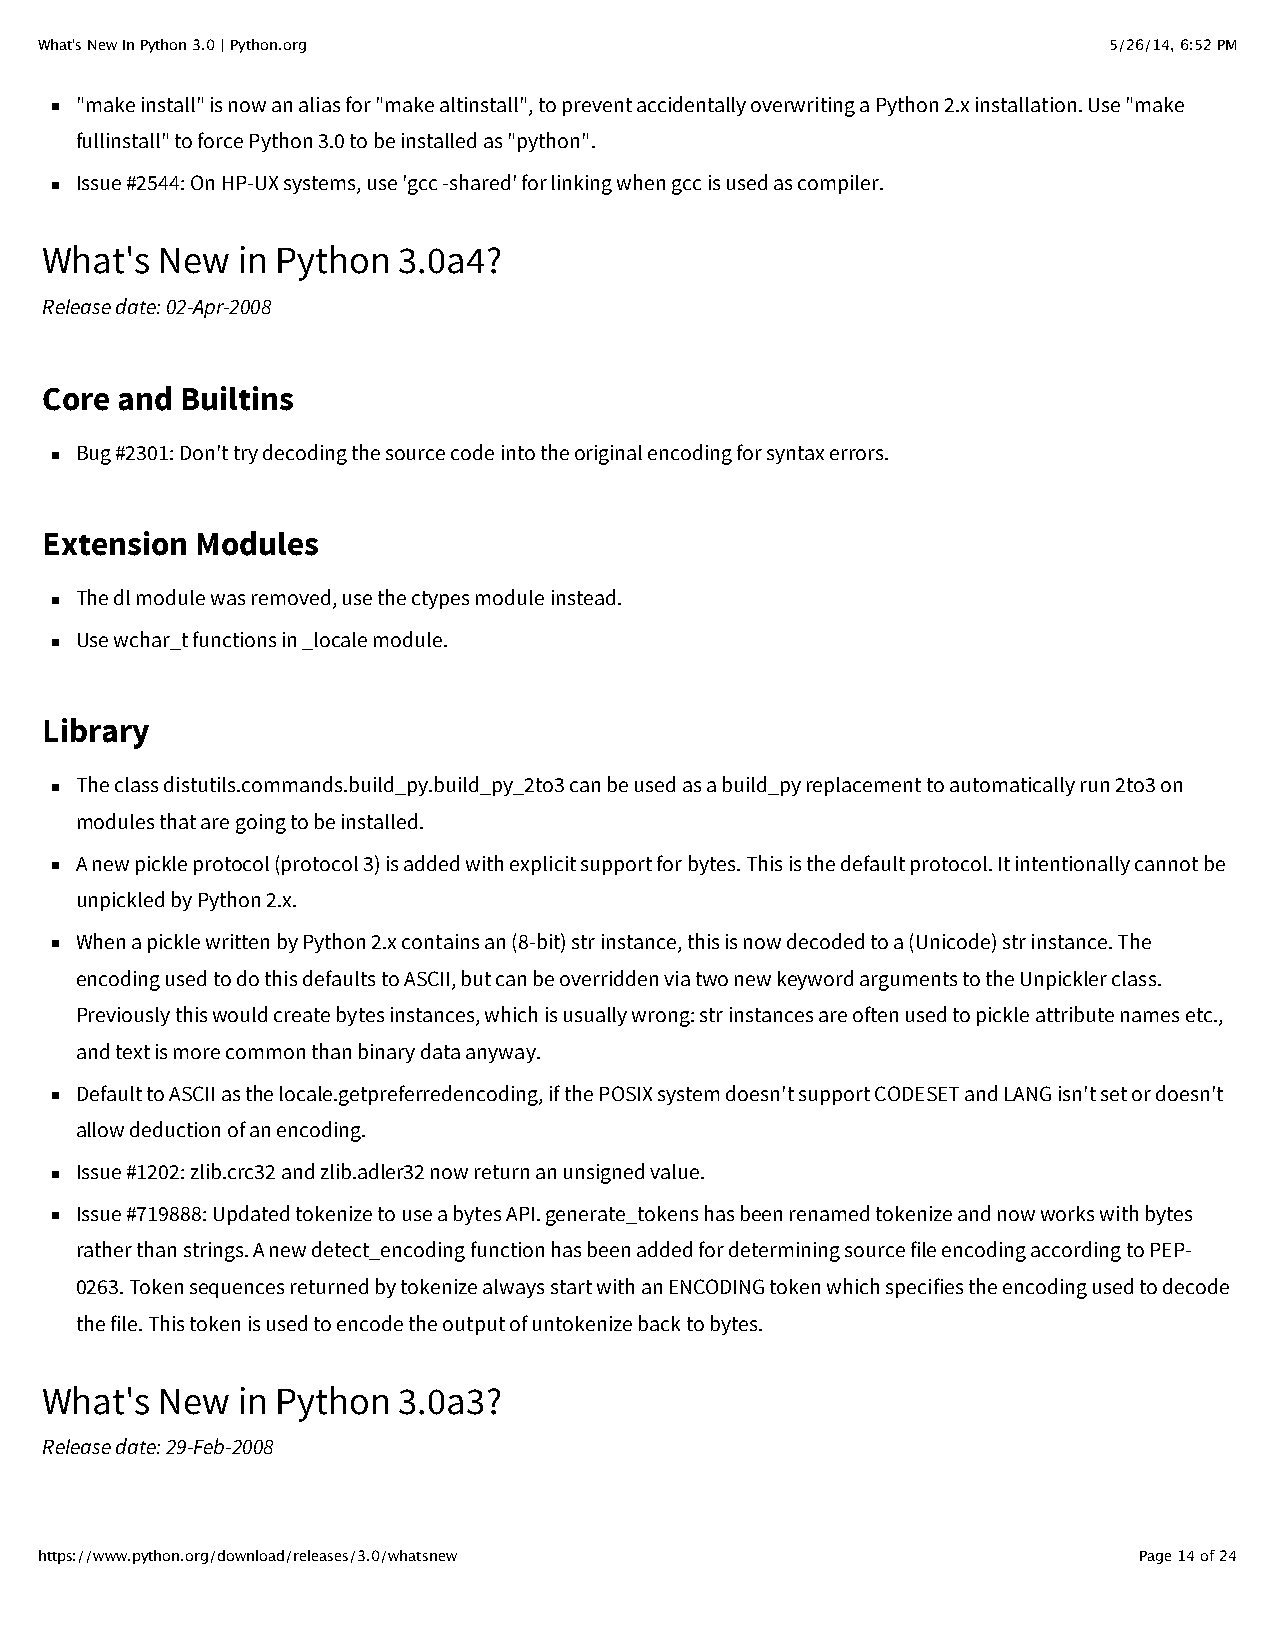
What's New In Python 3.0 | Python.org                                  5/26/14, 6:52 PM
 "make install" is now an alias for "make altinstall", to prevent accidentally overwriting a Python 2.x installation. Use "make
 fullinstall" to force Python 3.0 to be installed as "python".
 Issue #2544: On HP-UX systems, use 'gcc -shared' for linking when gcc is used as compiler.
 What's  New  in Python 3.0a4?
 Release date: 02-Apr-2008
 Core and Builtins
 Bug #2301: Don't try decoding the source code into the original encoding for syntax errors.
 Extension Modules
 The dl module was removed, use the ctypes module instead.
 Use wchar_t functions in _locale module.
 Library
 The class distutils.commands.build_py.build_py_2to3 can be used as a build_py replacement to automatically run 2to3 on
 modules that are going to be installed.
 A new pickle protocol (protocol 3) is added with explicit support for bytes. This is the default protocol. It intentionally cannot be
 unpickled by Python 2.x.
 When a pickle written by Python 2.x contains an (8-bit) str instance, this is now decoded to a (Unicode) str instance. The
 encoding used to do this defaults to ASCII, but can be overridden via two new keyword arguments to the Unpickler class.
 Previously this would create bytes instances, which is usually wrong: str instances are often used to pickle attribute names etc.,
 and text is more common than binary data anyway.
 Default to ASCII as the locale.getpreferredencoding, if the POSIX system doesn't support CODESET and LANG isn't set or doesn't
 allow deduction of an encoding.
 Issue #1202: zlib.crc32 and zlib.adler32 now return an unsigned value.
 Issue #719888: Updated tokenize to use a bytes API. generate_tokens has been renamed tokenize and now works with bytes
 rather than strings. A new detect_encoding function has been added for determining source file encoding according to PEP-
 0263. Token sequences returned by tokenize always start with an ENCODING token which specifies the encoding used to decode
 the file. This token is used to encode the output of untokenize back to bytes.
 What's  New  in Python 3.0a3?
 Release date: 29-Feb-2008
 https://www.python.org/download/releases/3.0/whatsnew                    Page 14 of 24